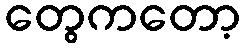
တွေကတော့